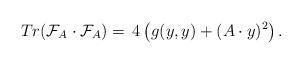
LaTeX: \begin{align*} Tr(\mathcal{F}_A\cdot {\mathcal{F}}_A)=\,4\left(g(y,y)+(A\cdot y)^2\right). \end{align*}